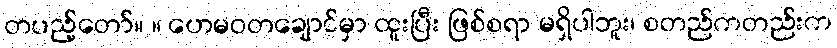
တပည့်တော်။ ။ ဟေမဝတချောင်မှာ ထူးပြီး ဖြစ်စရာ မရှိပါဘူး၊ စတည်ကတည်းက